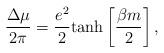
LaTeX: \begin{align*}\frac{\Delta\mu}{2\pi}=\frac{e^2}{2} {\rm tanh}\left[\frac{\beta m}{2}\right],\end{align*}